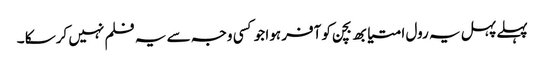
پہلے پہل یہ رول امتیابھ بچن کو آفر ہوا جو کسی وجہ سے یہ فلم نہیں کرسکا ۔